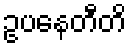
ဥပနေတီတိ